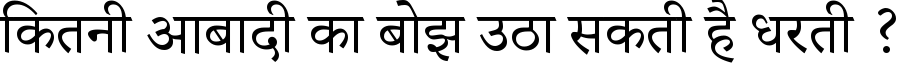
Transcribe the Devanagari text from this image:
कितनी आबादी का बोझ उठा सकती है धरती ?